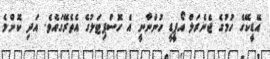
އޭޑީކޭގެ ހުމުގެ ޖެނެރަލް އޯޕީޑީ ހުންނާނީ އެ ހޮސްޕިޓަލުގެ އެތެރޭގައެވެ. އަދި ކޮންމެ